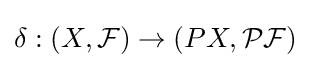
\delta :(X,{\mathcal {F}})\to (PX,{\mathcal {PF}})